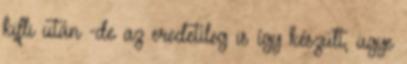
kifli után -de az eredetileg is így készült, ugye